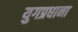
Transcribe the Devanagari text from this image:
युगप्रधाना